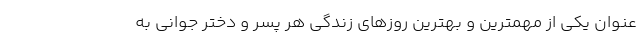
عنوان یکی از مهمترین و بهترین روز‌های زندگی هر پسر و دختر جوانی به